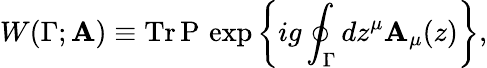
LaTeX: W(\Gamma;\mathbf{A})\equiv\mathrm{{Tr\, }}\mathrm{{P\, }}\exp\left\{ ig\oint_{\Gamma}dz^{\mu}\mathbf{A}_{\mu}(z)\right\} ,